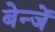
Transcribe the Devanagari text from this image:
बेन्जें